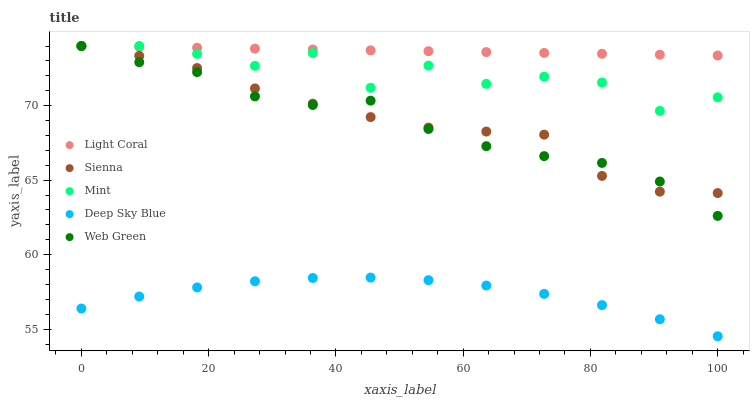
| xaxis_label | Light Coral | Sienna | Mint | Deep Sky Blue | Web Green |
 | --- | --- | --- | --- | --- | --- |
 | 0 | 74 | 74 | 74 | 56.4 | 74 |
 | 9.09 | 73.9 | 73.3 | 74 | 57.2 | 72.9 |
 | 18.2 | 73.9 | 72.5 | 73.5 | 57.8 | 72.2 |
 | 27.3 | 73.8 | 71.2 | 72.7 | 58.2 | 70.6 |
 | 36.4 | 73.8 | 70.1 | 73.5 | 58.4 | 70 |
 | 45.5 | 73.7 | 69.2 | 71.2 | 58.5 | 70.3 |
 | 54.5 | 73.7 | 68.5 | 72.7 | 58.3 | 68.4 |
 | 63.6 | 73.6 | 68.3 | 71.5 | 57.9 | 67.3 |
 | 72.7 | 73.5 | 68.1 | 71.9 | 57.4 | 66.6 |
 | 81.8 | 73.5 | 65.3 | 71.6 | 56.6 | 66.2 |
 | 90.9 | 73.4 | 64.2 | 69.6 | 55.7 | 64.9 |
 | 100 | 73.4 | 64.1 | 70.6 | 54.5 | 62.6 |